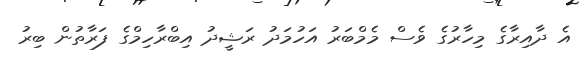
އެ ދާއިރާގެ މިހާރުގެ ވެސް މެމްބަރު އަހުމަދު ރަޝީދު އިބްރާހިމްގެ ފަރާތުން ބިރު